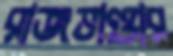
রাজভাণ্ডার